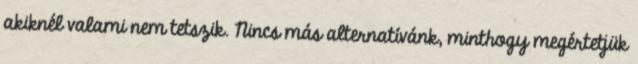
akiknél valami nem tetszik. Nincs más alternatívánk, minthogy megértetjük